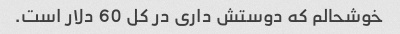
خوشحالم که دوستش داری در کل 60 دلار است.